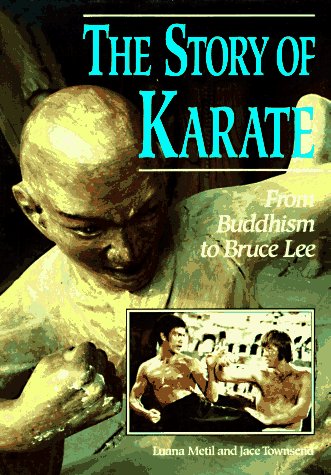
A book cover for The Story of Karate: From Buddhism to Bruce Lee (Lerner's Sports Legacy Series); Luana Metil; Teen & Young Adult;